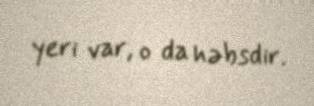
yeri var, o da həbsdir.